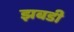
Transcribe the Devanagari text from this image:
झबडी